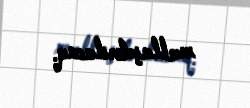
reallaşdırılacaq.